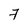
Character: 7